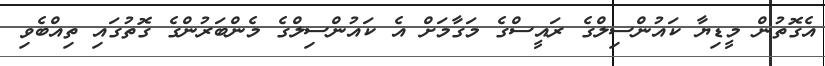
އެގޮތުން މީޑިޔާ ކައުންސިލްގެ ރައީސްގެ މަގާމަށް އެ ކައުންސިލްގެ މެންބަރުންގެ ގޮތުގައި ތިއްބެވި